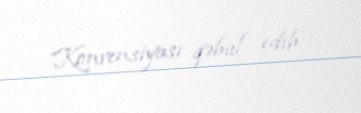
Konvensiyası qəbul edib.